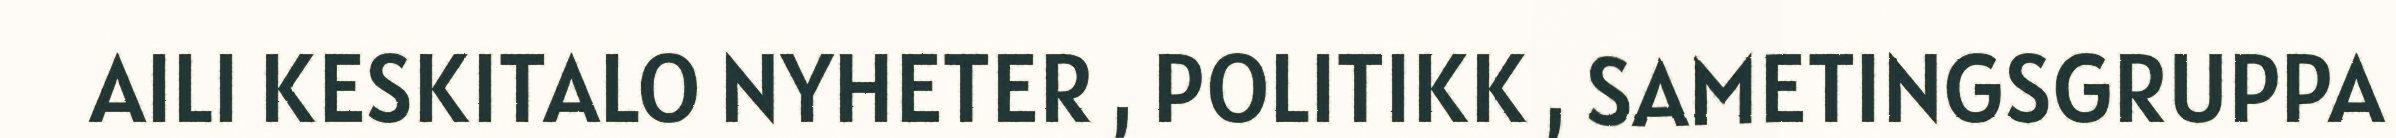
AILI KESKITALO NYHETER , POLITIKK , SAMETINGSGRUPPA